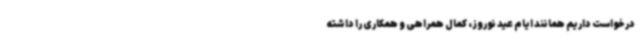
درخواست داریم همانند ایام عید نوروز، کمال همراهی و همکاری را داشته